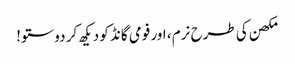
مکھن کی طرح نرم ، اور فومی گانڈ کو دیکھ کر دوستو!